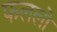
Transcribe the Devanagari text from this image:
फललों